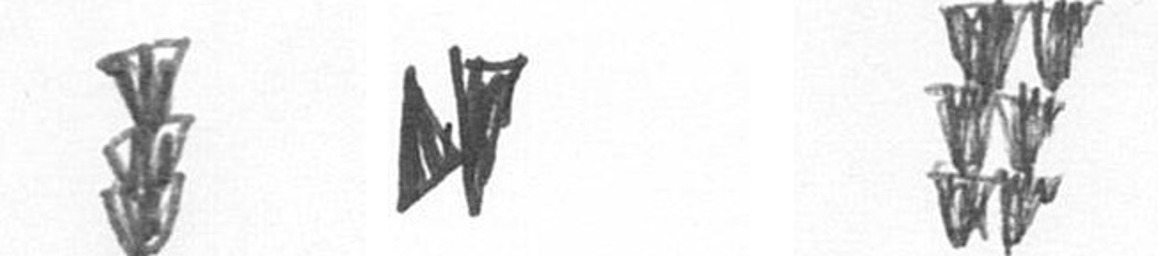
E M Y